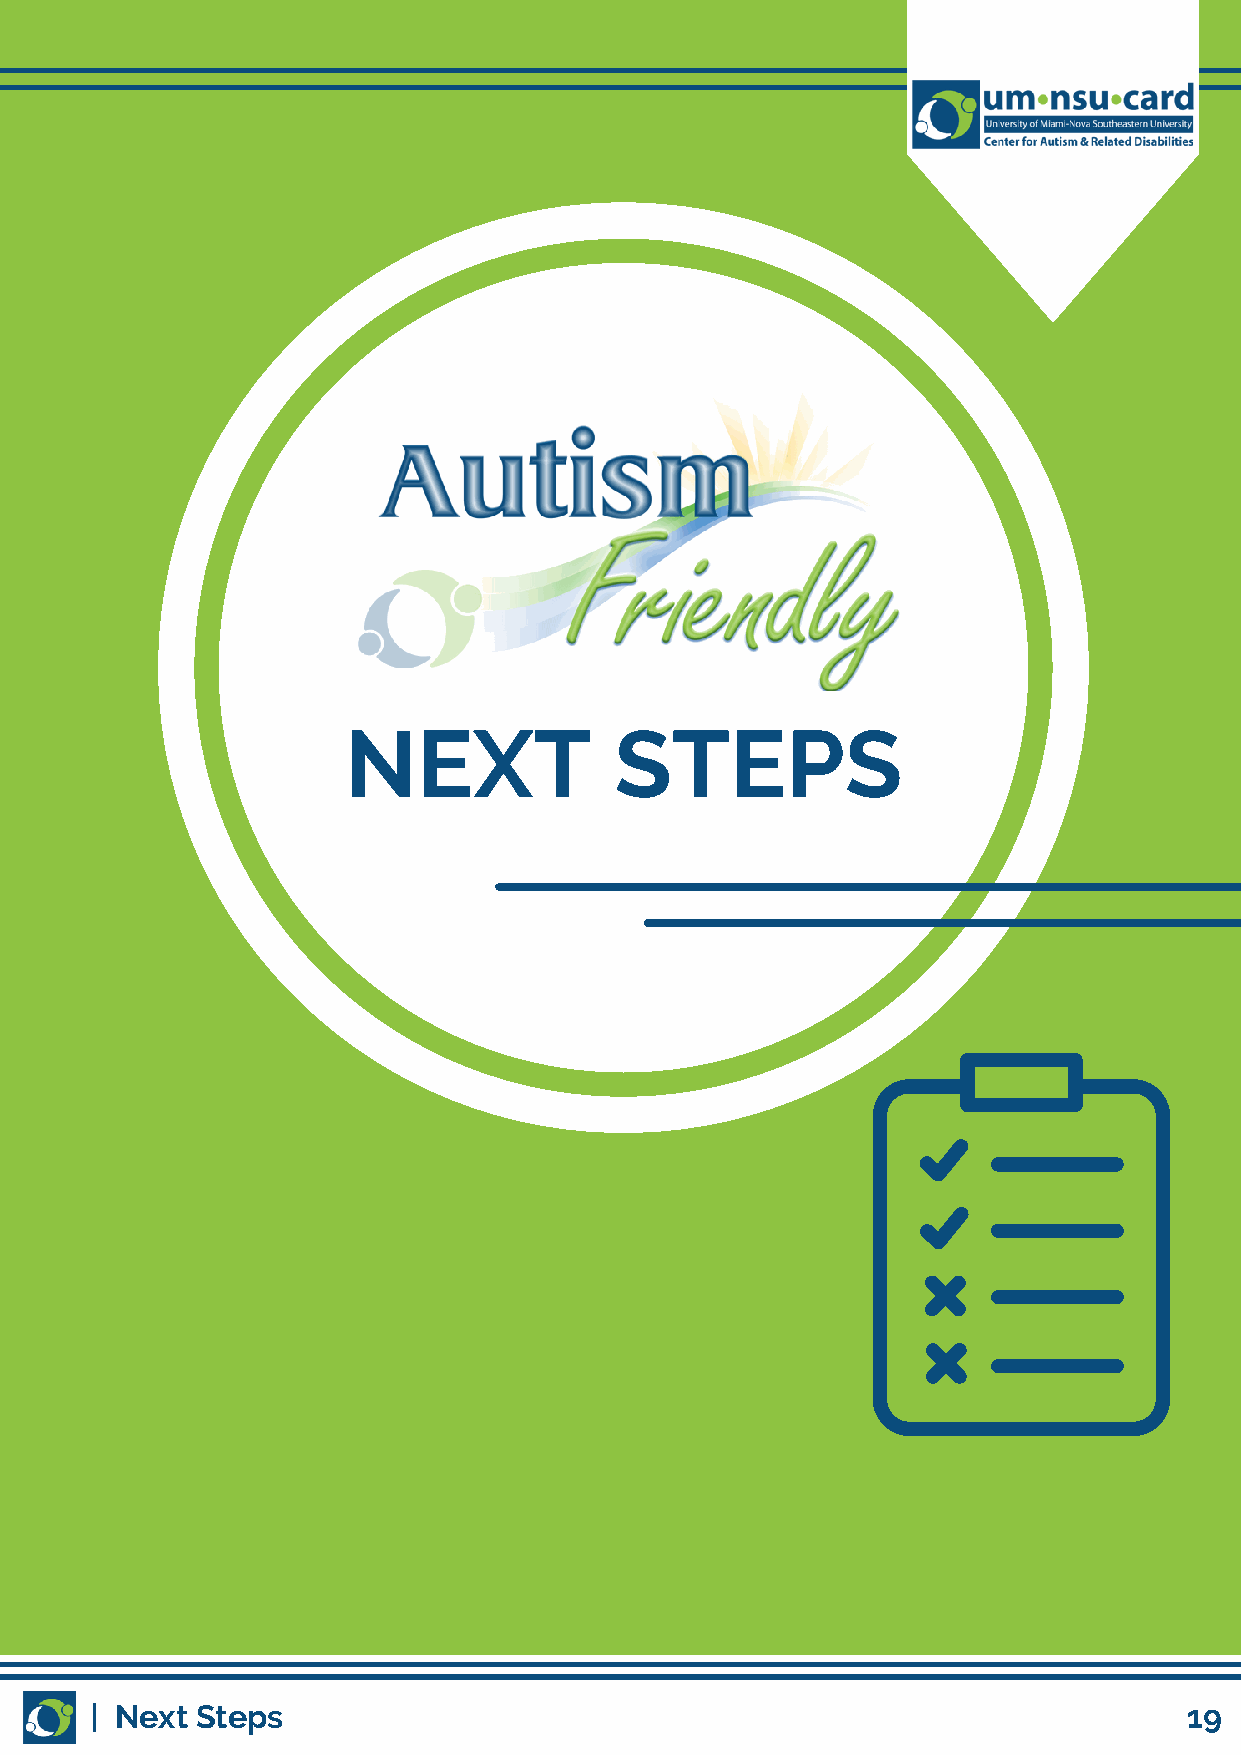
NEXT              STEPS
 | Next Steps                                                             19